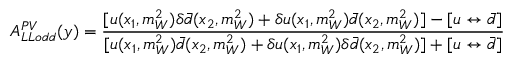
A _ { L L o d d } ^ { P V } ( y ) = { \frac { [ u ( x _ { 1 } , m _ { W } ^ { 2 } ) \delta \bar { d } ( x _ { 2 } , m _ { W } ^ { 2 } ) + \delta u ( x _ { 1 } , m _ { W } ^ { 2 } ) \bar { d } ( x _ { 2 } , m _ { W } ^ { 2 } ) ] - [ u \leftrightarrow \bar { d } ] } { [ u ( x _ { 1 } , m _ { W } ^ { 2 } ) \bar { d } ( x _ { 2 } , m _ { W } ^ { 2 } ) + \delta u ( x _ { 1 } , m _ { W } ^ { 2 } ) \delta \bar { d } ( x _ { 2 } , m _ { W } ^ { 2 } ) ] + [ u \leftrightarrow \bar { d } ] } }